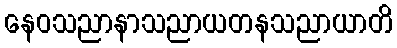
နေဝသညာနာသညာယတနသညာယာတိ